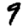
Digit: 9